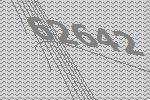
62642